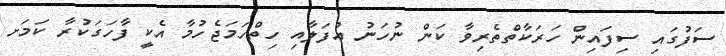
ސަފުގައި ސިފައިން ހަރަކާތްތެރިވާ ކަން ނުހަނު އުފަލާއި ހިތްހަމަޖެހުމާ އެކީ ފާހަގަކުރާ ކަމަށ